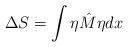
\begin{align*}\Delta S = \int \eta\hat{M}\eta dx\end{align*}